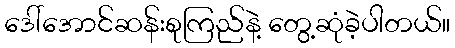
ဒေါ်အောင်ဆန်းစုကြည်နဲ့ တွေ့ဆုံခဲ့ပါတယ်။